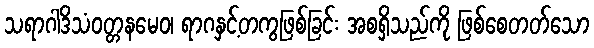
သရာဂါဒိသံဝတ္တနမေဝ၊ ရာဂနှင့်တကွဖြစ်ခြင်း အစရှိသည်ကို ဖြစ်စေတတ်သော